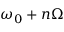
\omega _ { 0 } + n \Omega